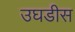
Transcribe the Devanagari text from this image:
उघडीस